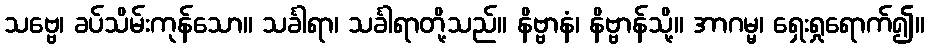
သဗ္ဗေ၊ ခပ်သိမ်းကုန်သော။ သင်္ခါရာ၊ သင်္ခါရာတို့သည်။ နိဗ္ဗာနံ၊ နိဗ္ဗာန်သို့။ အာဂမ္မ၊ ရှေးရှုရောက်၍။